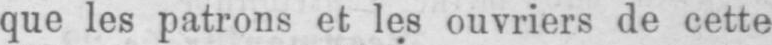
que les patrons et les ouvriers de cette